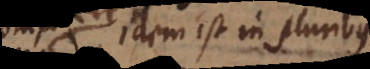
idem est in pluribus.